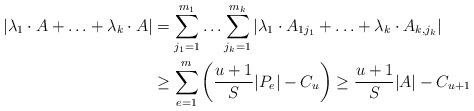
LaTeX: \begin{align*}|\lambda_1 \cdot A + \ldots + \lambda_k \cdot A| &= \sum_{j_1 = 1}^{m_1} \ldots \sum_{j_k = 1}^{m_k} |\lambda_1 \cdot A_{1j_1} + \ldots + \lambda_k \cdot A_{k,j_k}|\\& \geq \sum_{e=1}^m \left(\frac{u+1}{S} |P_e| - C_u\right) \geq \frac{u+1}{S} |A| - C_{u+1}\end{align*}